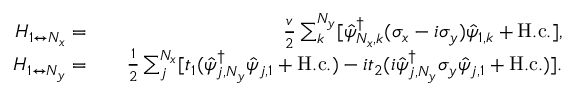
\begin{array} { r l r } { H _ { 1 \leftrightarrow N _ { x } } = } & { { } } & { \frac { v } { 2 } \sum _ { k } ^ { N _ { y } } [ \hat { \psi } _ { N _ { x } , k } ^ { \dag } ( \sigma _ { x } - i \sigma _ { y } ) \hat { \psi } _ { 1 , k } + \mathrm { H . c . } ] , } \\ { H _ { 1 \leftrightarrow N _ { y } } = } & { { } } & { \frac { 1 } { 2 } \sum _ { j } ^ { N _ { x } } [ t _ { 1 } ( \hat { \psi } _ { j , N _ { y } } ^ { \dag } \hat { \psi } _ { j , 1 } + \mathrm { H . c . } ) - i t _ { 2 } ( i \hat { \psi } _ { j , N _ { y } } ^ { \dag } \sigma _ { y } \hat { \psi } _ { j , 1 } + \mathrm { H . c . } ) ] . } \end{array}